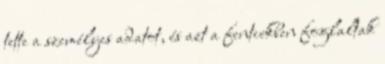
tette a személyes adatot, és azt a fentiekben foglaltak